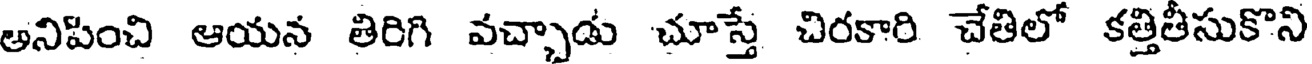
అనిపించి ఆయన తిరిగి వచ్చాడు చూస్తే చిరకారి చేతిలో కత్తితీసుకొని